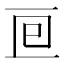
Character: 𠄢